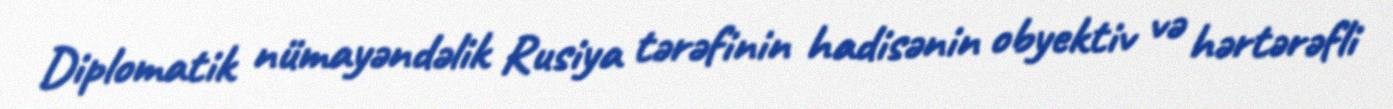
Diplomatik nümayəndəlik Rusiya tərəfinin hadisənin obyektiv və hərtərəfli